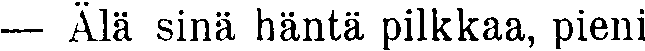
— Älä sinä häntä pilkkaa, pieni